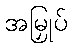
အမြှုပ်